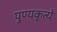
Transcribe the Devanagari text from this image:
पुण्यकृत्ये